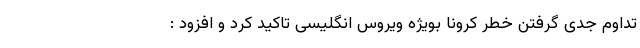
تداوم جدی گرفتن خطر کرونا بویژه ویروس انگلیسی تاکید کرد و افزود :